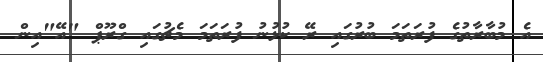
އެ މުބާރާތުގެ ފުރަތަމަ ބުރުގައި ރޭ ކުޅުނު ފުރަތަމަ މެޗުގައި ގްރޫޕް "އޭ"އިން